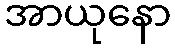
အာယုနော